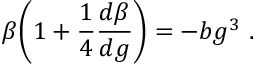
\beta \biggl ( 1 + { \frac { 1 } { 4 } } { \frac { d \beta } { d g } } \biggr ) = - b g ^ { 3 } ~ .